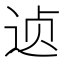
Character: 𲅗